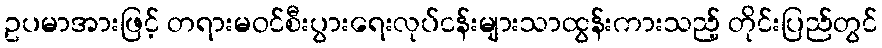
ဥပမာအားဖြင့် တရားမဝင်စီးပွားရေးလုပ်ငန်းများသာထွန်းကားသည့် တိုင်းပြည်တွင်